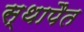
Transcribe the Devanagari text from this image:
स्थापैत